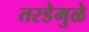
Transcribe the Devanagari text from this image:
तरडेमुळे